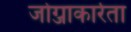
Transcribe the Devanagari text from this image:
जोग्जाकार्रता